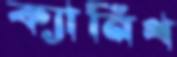
ক্যানিথ